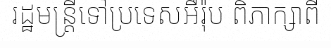
រដ្ឋមន្ត្រីទៅប្រទេសអឺរ៉ុប ពិភាក្សាពី